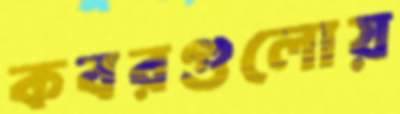
কবরগুলোয়